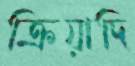
ক্রিয়াদি